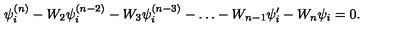
\psi _ { i } ^ { ( n ) } - W _ { 2 } \psi _ { i } ^ { ( n - 2 ) } - W _ { 3 } \psi _ { i } ^ { ( n - 3 ) } - \dots - W _ { n - 1 } \psi _ { i } ^ { \prime } - W _ { n } \psi _ { i } = 0 .